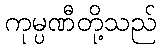
ကုမ္ပဏီတို့သည်